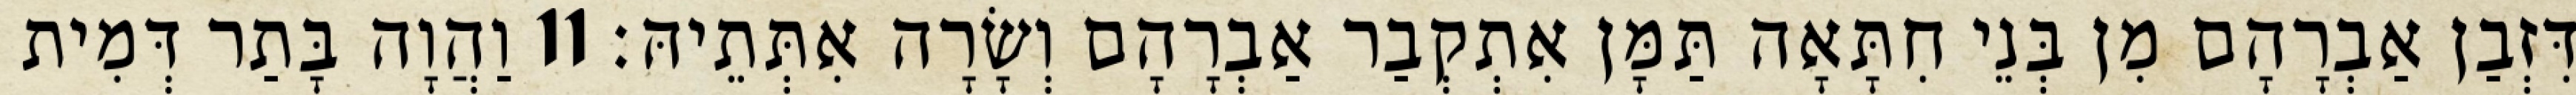
דִּזְבַן אַבְרָהָם מִן בְּנֵי חִתָּאָה תַּמָּן אִתְקְבַר אַבְרָהָם וְשָׂרָה אִתְּתֵיהּ׃ 11 וַהֲוָה בָּתַר דְּמִית